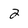
Character: 2